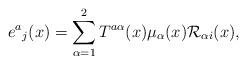
LaTeX: \begin{align*} {e^a}_j (x) = \sum^2_{\alpha = 1} T^{a \alpha} (x) \mu_\alpha (x) {\cal R}_{\alpha i} (x),\end{align*}